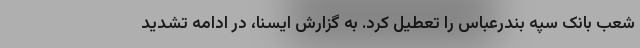
شعب بانک سپه بندرعباس را تعطیل کرد. به گزارش ایسنا، در ادامه تشدید